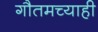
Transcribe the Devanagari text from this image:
गौतमच्याही